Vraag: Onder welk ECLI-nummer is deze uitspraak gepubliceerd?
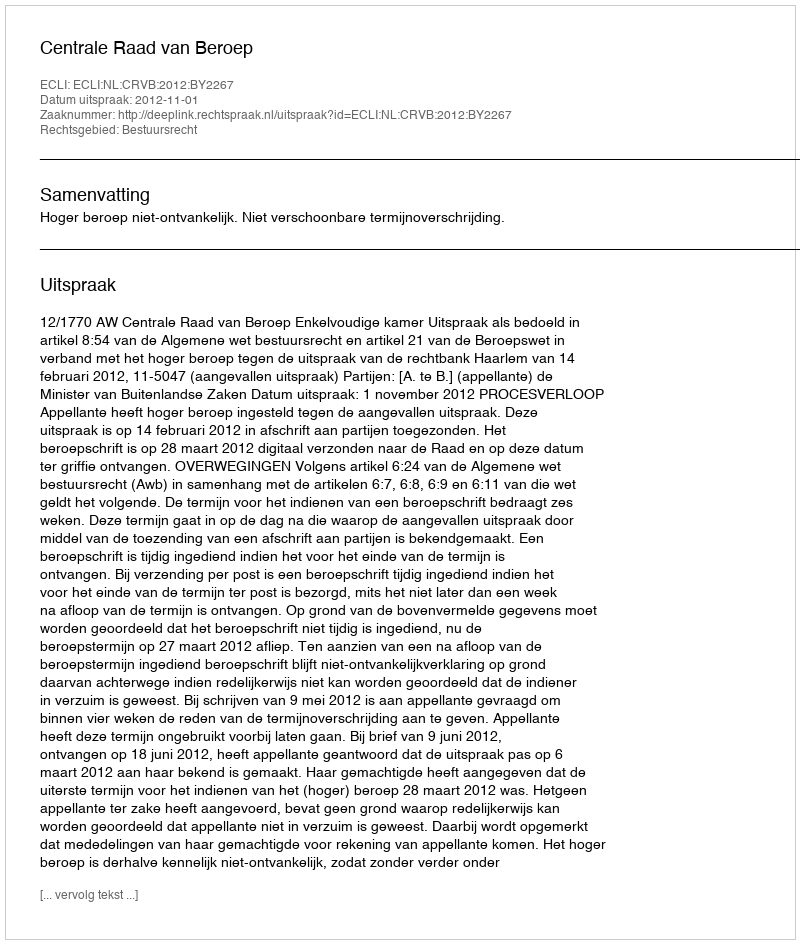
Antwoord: ECLI:NL:CRVB:2012:BY2267